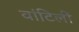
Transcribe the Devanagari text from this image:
वांटिलीं